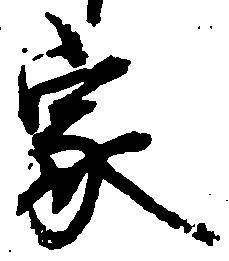
家